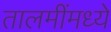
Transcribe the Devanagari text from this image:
तालमींमध्ये